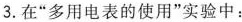
3.在“多用电表的使用”实验中：